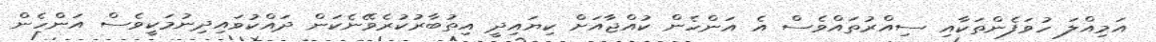
އަމިއްލަ ހުވަފެންތަކާއި ސިއްރުތައްވެސް އެ އަންހެން ކުއްޖާއަށް ކިޔައިދީ އިތުބާރުކުރެވޭނެކަން ދައްކުވައިދިނުމަކީވެސް އަންހެން